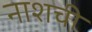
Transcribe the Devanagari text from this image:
नाशची